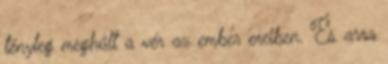
tényleg meghűlt a vér az ember ereiben. És arra